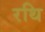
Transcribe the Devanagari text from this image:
रथि